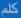
kst